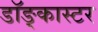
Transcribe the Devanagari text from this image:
डॉङ्कास्टर